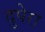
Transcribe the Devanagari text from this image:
दुपेरा